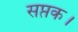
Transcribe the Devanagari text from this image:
सप्तक।